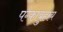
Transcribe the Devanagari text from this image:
पग्काबुहाय